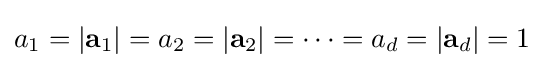
a_{1}=|\mathbf {a} _{1}|=a_{2}=|\mathbf {a} _{2}|=\dots =a_{d}=|\mathbf {a} _{d}|=1